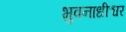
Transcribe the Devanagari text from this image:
भुवनाधीश्वर